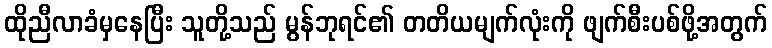
ထိုညီလာခံမှနေပြီး သူတို့သည် မွန်ဘုရင်၏ တတိယမျက်လုံးကို ဖျက်စီးပစ်ဖို့အတွက်